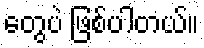
တွေပဲ ဖြစ်ပါတယ်။